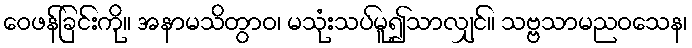
ဝေဖန်ခြင်းကို။ အနာမသိတွာဝ၊ မသုံးသပ်မူ၍သာလျှင်။ သဗ္ဗသာမညဝသေန၊